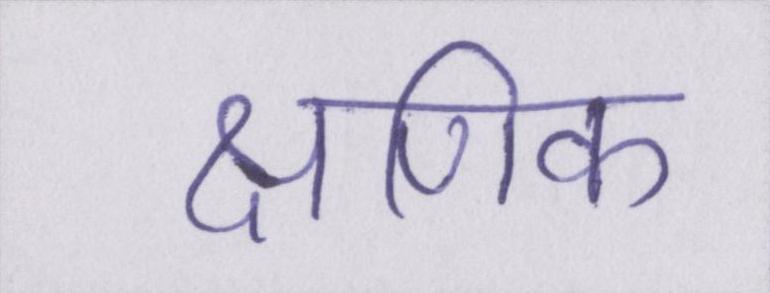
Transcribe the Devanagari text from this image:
क्षणिक